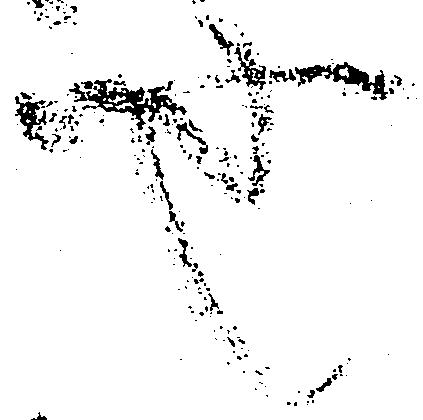
也